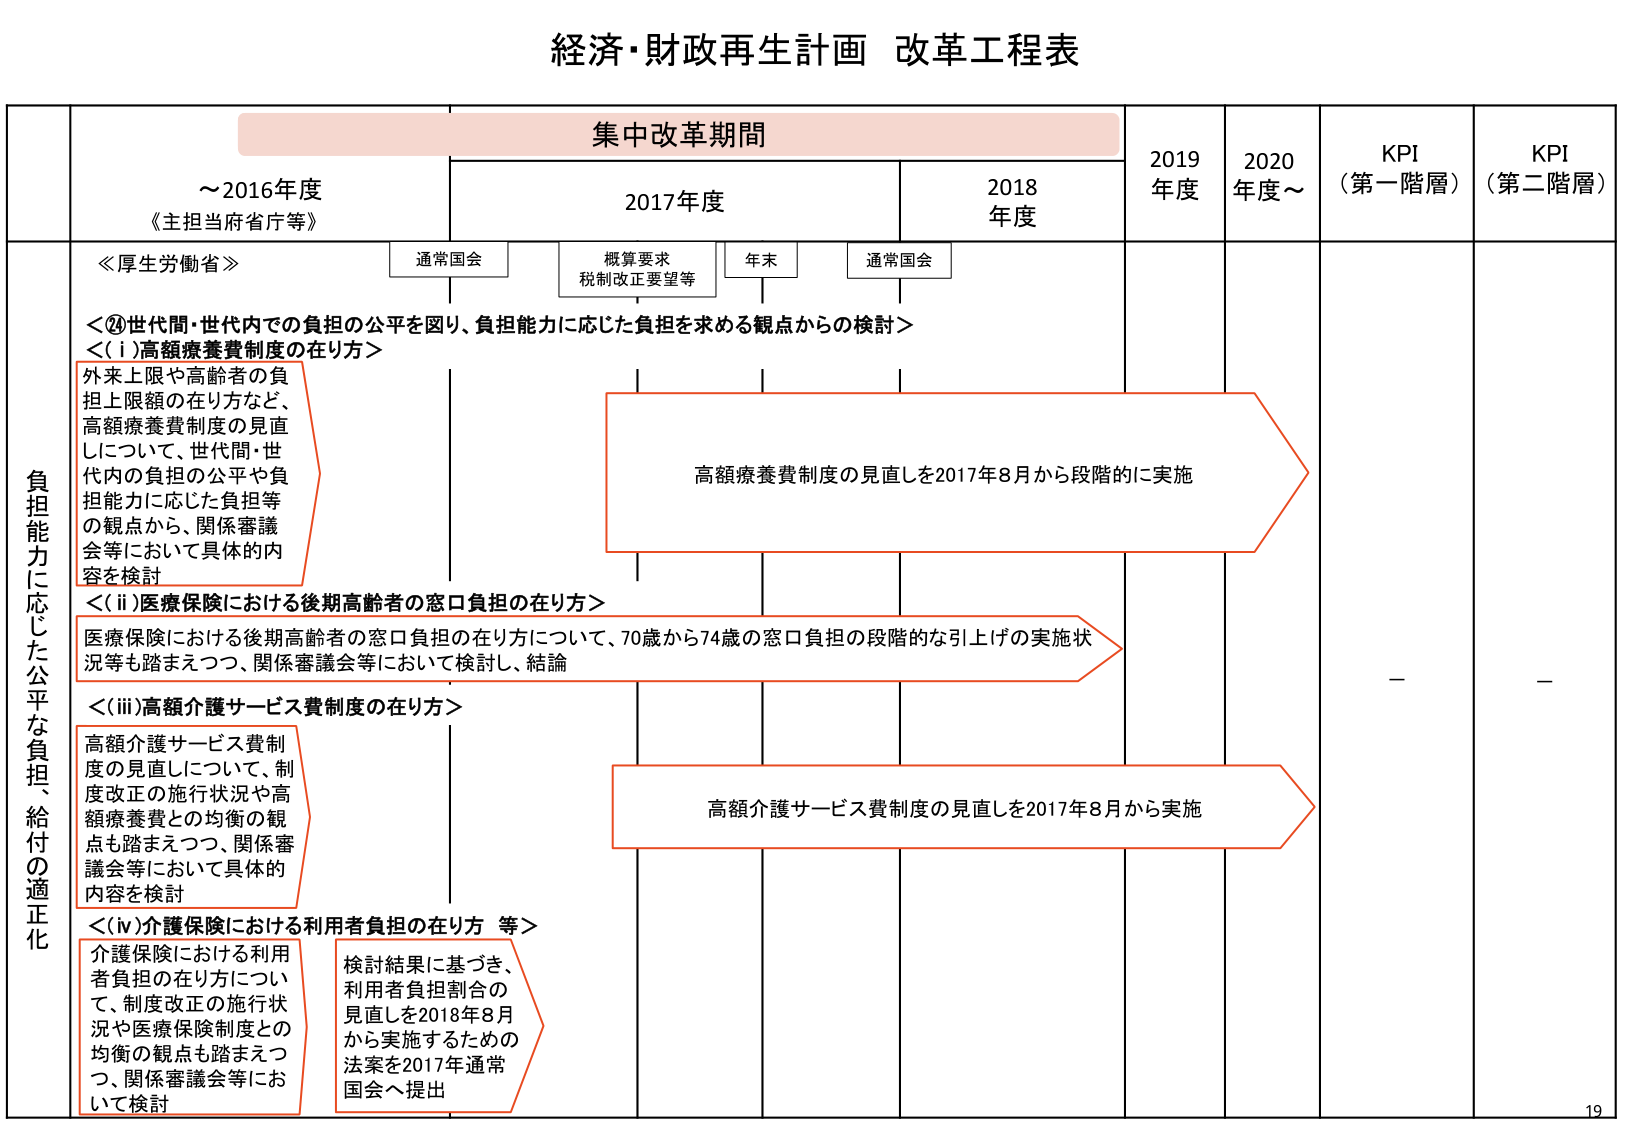
経済・財政再生計画 改革工程表

集中改革期間

～2016年度
《主担当府省等》

2017年度
通常国会
概算要求
税制改正要望等
年末
通常国会

2018年度

2019年度

2020年度～

KPI
（第一階層）

KPI
（第二階層）

負担能力に応じた公平な負担、給付の適正化

≪厚生労働省≫

＜⑭世代間・世代内での負担の公平を図り、負担能力に応じた負担を求める観点からの検討＞

＜(i)高額療養費制度の在り方＞
外来上限や高齢者の負担上限額の在り方など、高額療養費制度の見直しについて、世代間・世代内の負担の公平や負担能力に応じた負担等の観点から、関係審議会等において具体的な内容を検討

高額療養費制度の見直しを2017年8月から段階的に実施

＜(ii)医療保険における後期高齢者の窓口負担の在り方＞
医療保険における後期高齢者の窓口負担の在り方について、70歳から74歳の窓口負担の段階的な引上げの実施状況等も踏まえつつ、関係審議会等において検討し、結論

＜(iii)高額介護サービス費制度の在り方＞
高額介護サービス費制度の見直しについて、制度改正の施行状況や高額療養費との均衡の観点も踏まえつつ、関係審議会等において具体的な内容を検討

高額介護サービス費制度の見直しを2017年8月から実施

＜(iv)介護保険における利用者負担の在り方 等＞
介護保険における利用者負担の在り方について、制度改正の施行状況や医療保険制度との均衡の観点も踏まえつつ、関係審議会等において検討

検討結果に基づき、利用者負担割合の見直しを2018年8月から実施するための法案を2017年通常国会へ提出

－
－

19